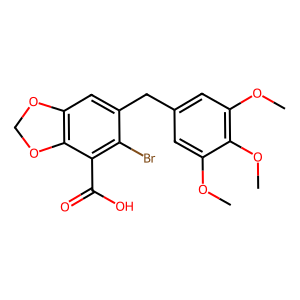
SMILES: COc1cc(Cc2cc3c(c(C(=O)O)c2Br)OCO3)cc(OC)c1OC
Inhibits HIV replication: No